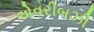
એવરીબઝી